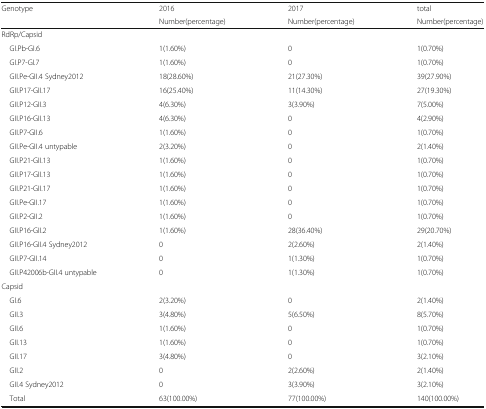
<table><thead><tr><td rowspan="2"><b>Genotype</b></td><td><b>2016</b></td><td><b>2017</b></td><td><b>total</b></td></tr><tr><td><b>Number(percentage)</b></td><td><b>Number(percentage)</b></td><td><b>Number(percentage)</b></td></tr></thead><tbody><tr><td colspan="4">RdRp/Capsid</td></tr><tr><td> GI.Pb-GI.6</td><td>1(1.60%)</td><td>0</td><td>1(0.70%)</td></tr><tr><td> GI.P7-GI.7</td><td>1(1.60%)</td><td>0</td><td>1(0.70%)</td></tr><tr><td> GII.Pe-GII.4 Sydney2012</td><td>18(28.60%)</td><td>21(27.30%)</td><td>39(27.90%)</td></tr><tr><td> GII.P17-GII.17</td><td>16(25.40%)</td><td>11(14.30%)</td><td>27(19.30%)</td></tr><tr><td> GII.P12-GII.3</td><td>4(6.30%)</td><td>3(3.90%)</td><td>7(5.00%)</td></tr><tr><td> GII.P16-GII.13</td><td>4(6.30%)</td><td>0</td><td>4(2.90%)</td></tr><tr><td> GII.P7-GII.6</td><td>1(1.60%)</td><td>0</td><td>1(0.70%)</td></tr><tr><td> GII.Pe-GII.4 untypable</td><td>2(3.20%)</td><td>0</td><td>2(1.40%)</td></tr><tr><td> GII.P21-GII.13</td><td>1(1.60%)</td><td>0</td><td>1(0.70%)</td></tr><tr><td> GII.P17-GII.13</td><td>1(1.60%)</td><td>0</td><td>1(0.70%)</td></tr><tr><td> GII.P21-GII.17</td><td>1(1.60%)</td><td>0</td><td>1(0.70%)</td></tr><tr><td> GII.Pe-GII.17</td><td>1(1.60%)</td><td>0</td><td>1(0.70%)</td></tr><tr><td> GII.P2-GII.2</td><td>1(1.60%)</td><td>0</td><td>1(0.70%)</td></tr><tr><td> GII.P16-GII.2</td><td>1(1.60%)</td><td>28(36.40%)</td><td>29(20.70%)</td></tr><tr><td> GII.P16-GII.4 Sydney2012</td><td>0</td><td>2(2.60%)</td><td>2(1.40%)</td></tr><tr><td> GII.P7-GII.14</td><td>0</td><td>1(1.30%)</td><td>1(0.70%)</td></tr><tr><td> GII.P42006b-GII.4 untypable</td><td>0</td><td>1(1.30%)</td><td>1(0.70%)</td></tr><tr><td colspan="4">Capsid</td></tr><tr><td> GI.6</td><td>2(3.20%)</td><td>0</td><td>2(1.40%)</td></tr><tr><td> GII.3</td><td>3(4.80%)</td><td>5(6.50%)</td><td>8(5.70%)</td></tr><tr><td> GII.6</td><td>1(1.60%)</td><td>0</td><td>1(0.70%)</td></tr><tr><td> GII.13</td><td>1(1.60%)</td><td>0</td><td>1(0.70%)</td></tr><tr><td> GII.17</td><td>3(4.80%)</td><td>0</td><td>3(2.10%)</td></tr><tr><td> GII.2</td><td>0</td><td>2(2.60%)</td><td>2(1.40%)</td></tr><tr><td> GII.4 Sydney2012</td><td>0</td><td>3(3.90%)</td><td>3(2.10%)</td></tr><tr><td> Total</td><td>63(100.00%)</td><td>77(100.00%)</td><td>140(100.00%)</td></tr></tbody></table>